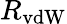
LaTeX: R_{\mathrm{vdW}}